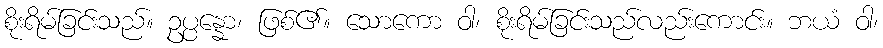
စိုးရိမ်ခြင်းသည်။ ဥပ္ပန္နော၊ ဖြစ်၏။ သောကော ဝါ၊ စိုးရိမ်ခြင်းသည်လည်းကောင်း။ ဘယံ ဝါ၊